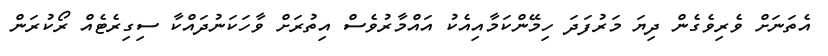
އެތަނަށް ވެރިވެގެން ދިޔަ މަރުފަދަ ހިމޭންކަމާއިއެކު އައްމާރުވެސް އިތުރަށް ވާހަކަނުދައްކާ ސިގިރެޓެއް ރޯކުރަން